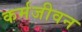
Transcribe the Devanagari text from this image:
कर्मजीवन